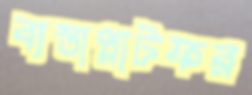
ব্যস্তাপ্লাটফর